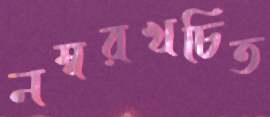
নম্বরখচিত